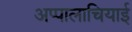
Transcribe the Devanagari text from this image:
अप्पालाचियाई